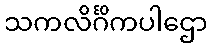
သကလိင်္ဂိကပါဌော